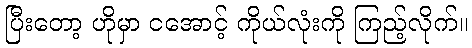
ပြီးတော့ ဟိုမှာ ငအောင့် ကိုယ်လုံးကို ကြည့်လိုက်။